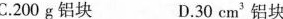
C.200g铝块 D.30cm'铝块